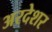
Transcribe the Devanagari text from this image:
अरदेशर